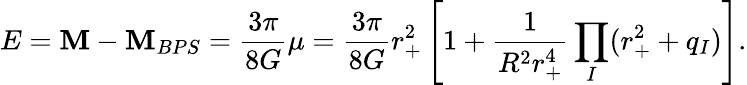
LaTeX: E=\mathbf{M}-\mathbf{M}_{BPS}=\frac{{3\pi}}{{8G}}\mu=\frac{{3\pi}}{{8G}}r_{+}^{2}\left[1+\frac{{1}}{{R^{2}r_{+}^{4}}}\prod_{I}(r_{+}^{2}+q_{I})\right].